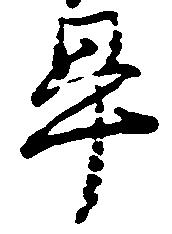
畢